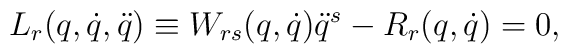
L_r(q,\dot q,\ddot q) \equiv W_{rs}(q,\dot q)\ddot q^s - R_r(q,\dot q) = 0,